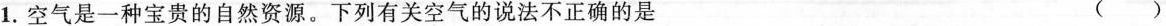
1.空气是一种宝贵的自然资源。下列有关空气的说法不正确的是 ().